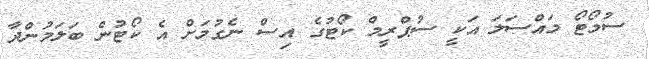
ސުމޯޓޯ މައްސަލަ އަކީ ސުޕްރީމް ކޯޓުގެ އިސް ނެގުމަށް އެ ކޯޓުން ބަލަމުންދާ